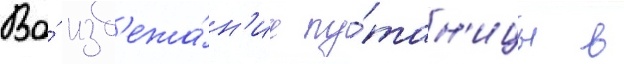
Во́ изб'ежа́н'ие пу́тан'ицы в